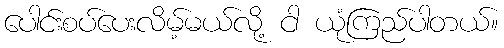
ပေါင်းစပ်ပေးလိမ့်မယ်လို့ ငါ ယုံကြည်ပါတယ်။